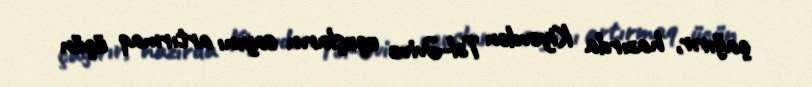
çağırır, hazırda Kiyevdən Təl-Əvivə uçuşların sayını artırmaq üçün